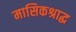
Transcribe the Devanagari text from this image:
मासिकश्राद्ध